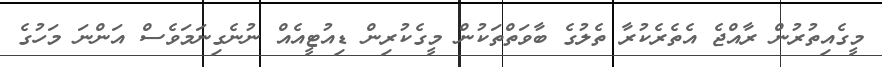
މީގެއިތުރުން ރާއްޖެ އެތެރެކުރާ ތެލުގެ ބާވަތްތަކުން މީގެކުރިން ޑިއުޓީއެއް ނުނެގިނަމަވެސް އަންނަ މަހުގެ